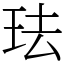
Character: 珐